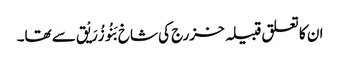
ان کا تعلق قبیلہ خزرج کی شاخ بَنُو زُرَیْق سے تھا۔